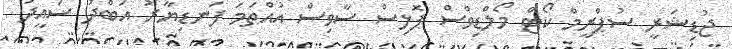
ޖުޑިޝަރީ ސުޕްރީމް ކޯޓް މޯލްޑިވްސް ޕޮލިސް ސާވިސް އުއްތަމަ ފަނޑިޔާރު އަބްދު ސައީދު